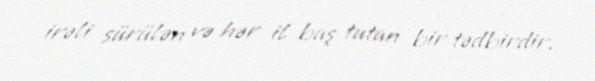
irəli sürülən və hər il baş tutan bir tədbirdir.